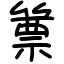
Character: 篻